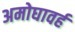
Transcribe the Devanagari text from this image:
अमोघावर्ह